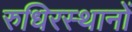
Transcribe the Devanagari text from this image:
रुधिरस्थानों